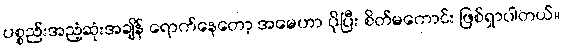
ပစ္စည်းအညံ့ဆုံးအချိန် ရောက်နေတော့ အမေဟာ ပိုပြီး စိတ်မကောင်း ဖြစ်ရှာပါတယ်။